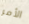
الأمر